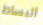
البساط